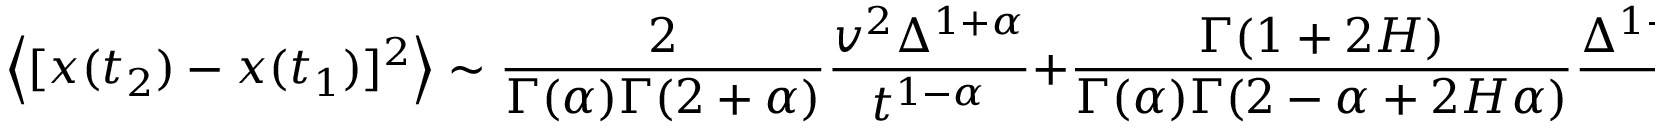
\left< [ x ( t _ { 2 } ) - x ( t _ { 1 } ) ] ^ { 2 } \right> \sim \frac { 2 } { \Gamma ( \alpha ) \Gamma ( 2 + \alpha ) } \frac { v ^ { 2 } \Delta ^ { 1 + \alpha } } { t ^ { 1 - \alpha } } + \frac { \Gamma ( 1 + 2 H ) } { \Gamma ( \alpha ) \Gamma ( 2 - \alpha + 2 H \alpha ) } \frac { \Delta ^ { 1 - \alpha + 2 H \alpha } } { t ^ { 1 - \alpha } } .